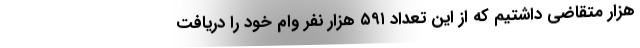
هزار متقاضی داشتیم که از این تعداد ۵۹۱ هزار نفر وام خود را دریافت